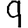
Digit: 9